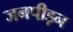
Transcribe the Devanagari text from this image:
जनपीड़न